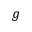
g